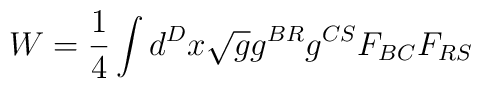
W =\frac{1}{4}\int d^{D}x\sqrt{g}g^{BR}g^{CS}F_{BC}F_{RS}